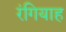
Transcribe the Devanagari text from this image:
रंगियाह